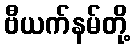
ဗီယက်နမ်တို့